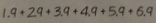
1 . 9 + 2 . 9 + 3 . 9 + 4 . 9 + 5 . 9 + 6 . 9